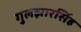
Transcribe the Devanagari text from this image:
गुलझारसिंह